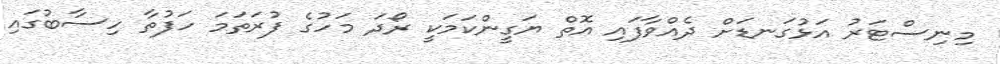
މިނިސްޓަރު އަޅުގަނޑަށް ދެއްވާފައި އޮތް ޔަގީންކަމަކީ ރޯދަ މަހުގެ ފުރަތަމަ ހަފުތާ ހިސާބުގައި